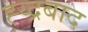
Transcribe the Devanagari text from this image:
ह्य्द्रबाद